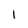
Character: 1